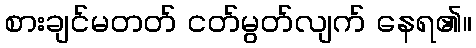
စားချင်မတတ် ငတ်မွတ်လျက် နေရ၏။